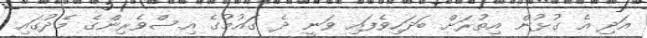
އަދި އެ ގުޅުން އިތުރަށް ބަދަހިވެފައި ވަނީ ދެ ގައުމުގެ އިސްވެރިންގެ މެދުގައި